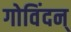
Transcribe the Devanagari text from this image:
गोविंदन्